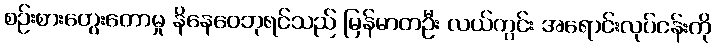
စဉ်းစားတွေးတောမှု နိနေဝေဘုရင်သည် မြန်မာတဦး လယ်ကွင်း အရောင်းလုပ်ငန်းကို